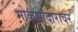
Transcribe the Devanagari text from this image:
मोकासदारावर